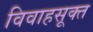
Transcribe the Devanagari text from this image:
विवाहसूक्त